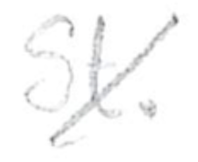
Text: St.
Cross-out: diagonal
Writing tool: pencil